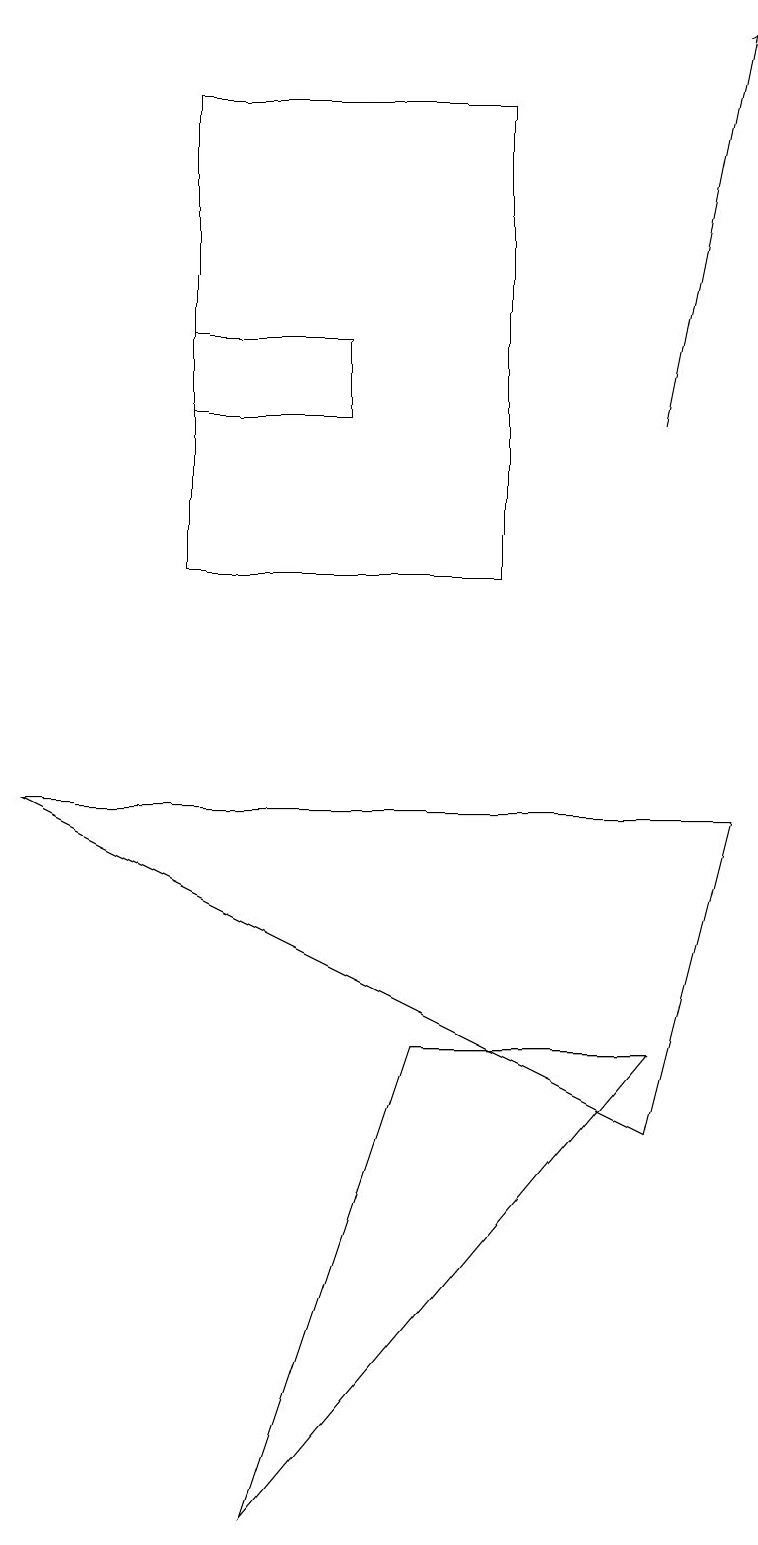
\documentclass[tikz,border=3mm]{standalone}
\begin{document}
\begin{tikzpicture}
\draw (5,6) -- (3,0) -- (8,6) -- cycle;
\draw (2,14) rectangle (4,15);
\draw[->] (8,14) -- (9,19);
\draw (9,9) -- (0,9) -- (8,5) -- cycle;
\draw (2,18) rectangle (6,12);
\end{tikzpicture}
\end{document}